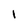
Character: I